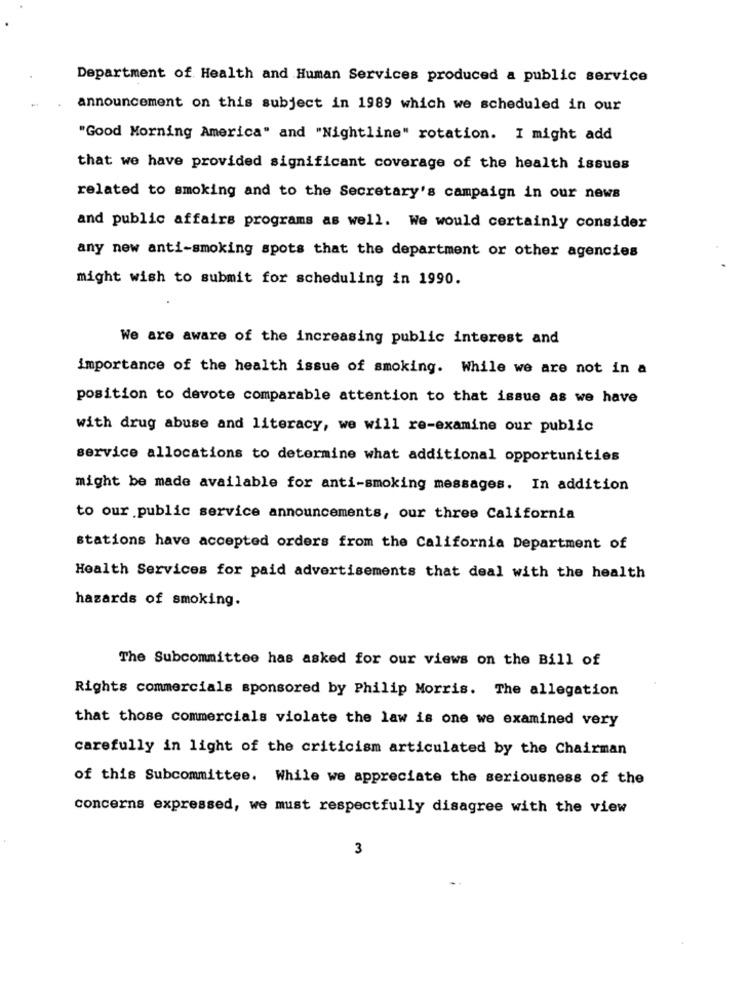
Department of Health and Human Services produced a public service
announcement on this subject in 1989 which we scheduled in our
"Good Morning America" and "Nightline" rotation. I might add
that we have provided significant coverage of the health issues
related to smoking and to the Secretary's campaign in our news
and public affairs programs as well. We would certainly consider
any new anti-smoking spots that the department or other agencies
might wish to submit for scheduling in 1990.
We are aware of the increasing public interest and
importance of the health issue of smoking. While we are not in a
position to devote comparable attention to that issue as we have
with drug abuse and literacy, we will re-examine our public
service allocations to determine what additional opportunities
might be made available for anti-smoking messages. In addition
to our public service announcements, our three California
stations have accepted orders from the California Department of
Health Services for paid advertisements that deal with the health
hazards of smoking.
The Subcommittee has asked for our views on the Bill of
Rights commercials sponsored by Philip Morris. The allegation
that those commercials violate the law is one we examined very
carefully in light of the criticism articulated by the Chairman
of this Subcommittee. While we appreciate the seriousness of the
concerns expressed, we must respectfully disagree with the view
3